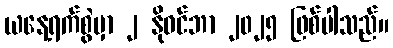
ယနေ့ရက်စွဲမှာ ၂ နိုဝင်ဘာ ၂၀၂၅ ဖြစ်ပါသည်။